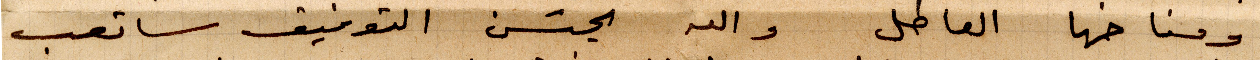
ومناخها العاطل والله يحسن التوفيق ساتعب